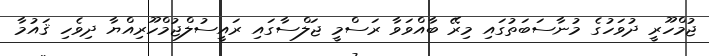
ޖުމްހޫރީ ދުވަހުގެ މުނާސަބަތުގައި މިރޭ ބާއްވަވާ ރަސްމީ ޖަލްސާގައި ރައީސުލްޖުމްހޫރިއްޔާ ދިވެހި ޤައުމާ